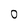
Character: 0